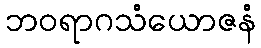
ဘဝရာဂသံယောဇနံ